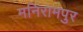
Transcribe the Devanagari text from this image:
मनिरामपुर